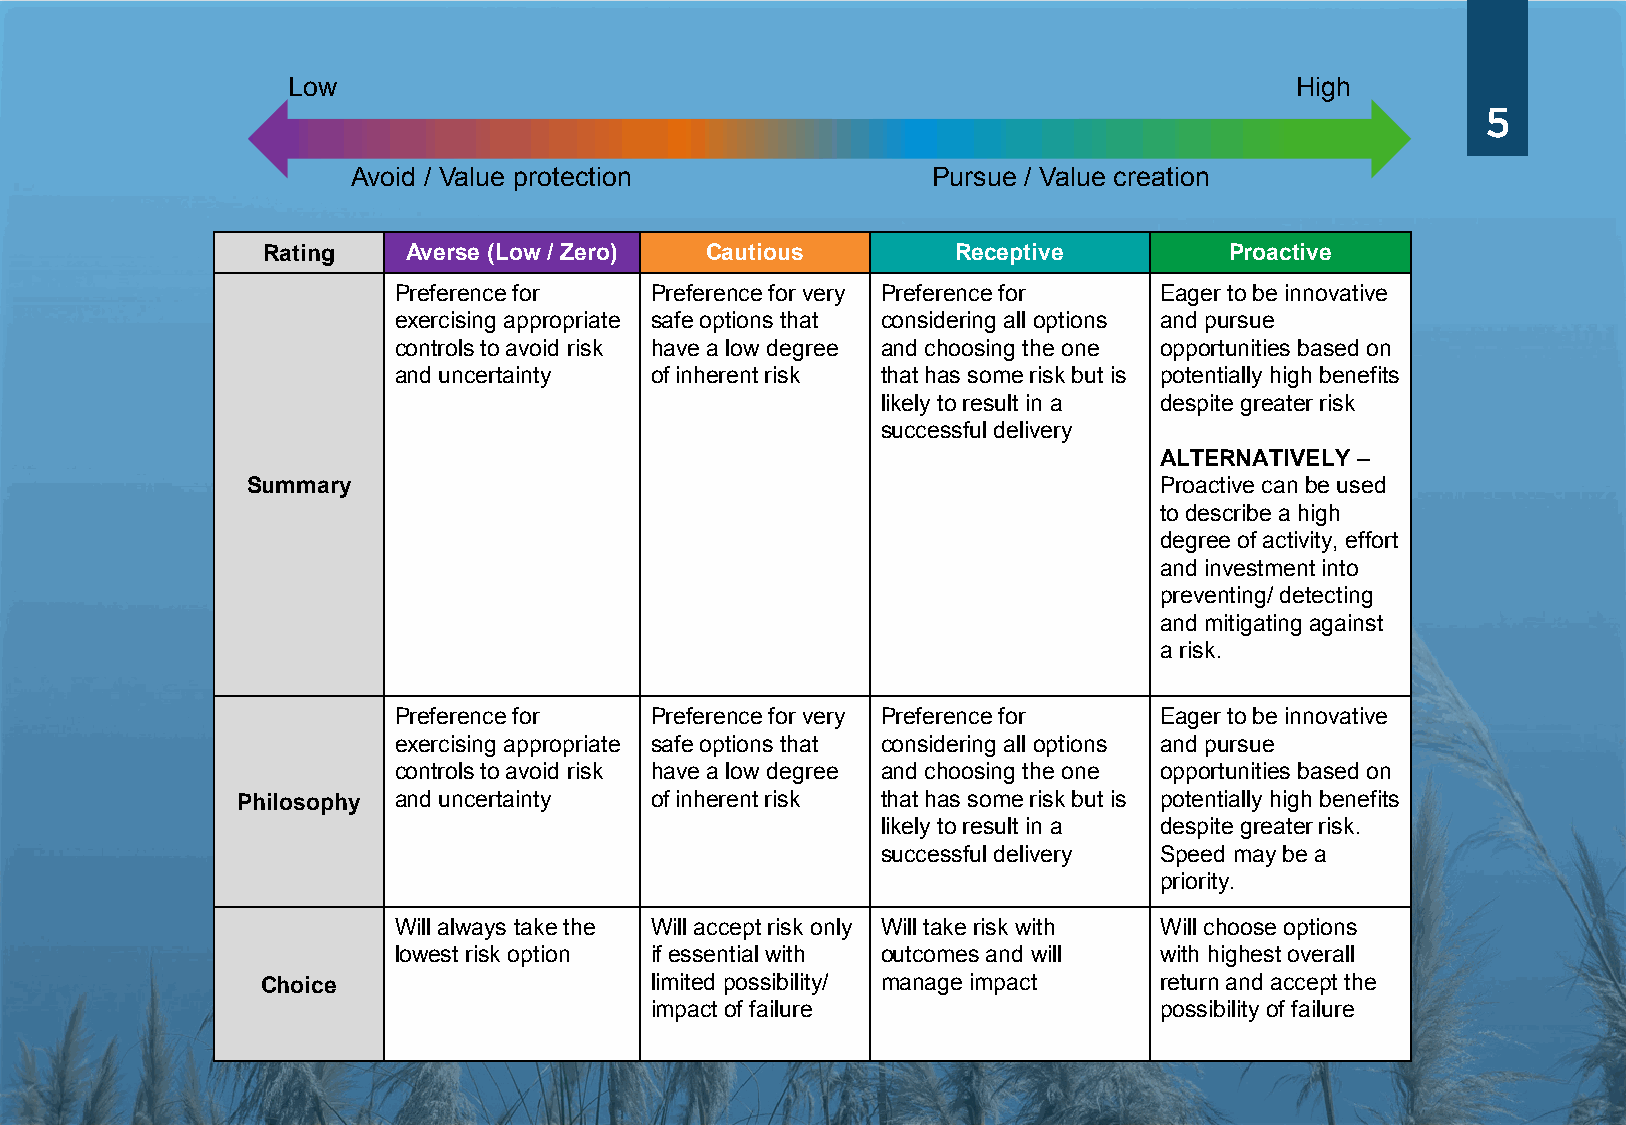
Low                                                                High
 5
 Avoid / Value protection               Pursue / Value creation
 Rating    Averse (Low / Zero) Cautious        Receptive         Proactive
 Preference for   Preference for very Preference for Eager to be innovative
 exercising appropriate safe options that considering all options and pursue
 controls to avoid risk have a low degree and choosing the one opportunities based on
 and uncertainty  of inherent risk that has some risk but is potentially high benefits
 likely to result in a despite greater risk
 Avoid / Value protection   Pursue / Value cresautcicoenssful delivery
 ALTERNATIVELY –
 Summary                                                      Proactive can be used
 to describe a high
 degree of activity, effort
 and investment into
 preventing/ detecting
 and mitigating against
 a risk.
 Preference for   Preference for very Preference for Eager to be innovative
 exercising appropriate safe options that considering all options and pursue
 controls to avoid risk have a low degree and choosing the one opportunities based on
 Philosophy and uncertainty of inherent risk that has some risk but is potentially high benefits
 likely to result in a despite greater risk.
 successful delivery Speed may be a
 priority.
 Will always take the Will accept risk only Will take risk with Will choose options
 lowest risk option if essential with outcomes and will with highest overall
 Choice                    limited possibility/ manage impact return and accept the
 impact of failure                 possibility of failure